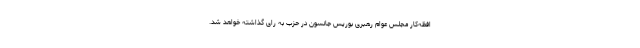
افظه‌کار مجلس عوام رهبری بوریس جانسون در حزب به رای گذاشته خواهد شد.